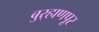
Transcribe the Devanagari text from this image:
बुर्‍हाणपूर